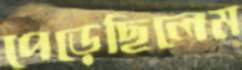
পেড়েছিলেম